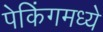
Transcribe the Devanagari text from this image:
पेकिंगमध्ये